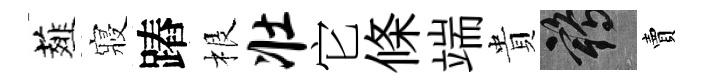
薤寢蹖根壮它條端貴鶴賣